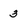
Character: 3